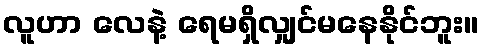
လူဟာ လေနဲ့ ရေမရှိလျှင်မနေနိုင်ဘူး။